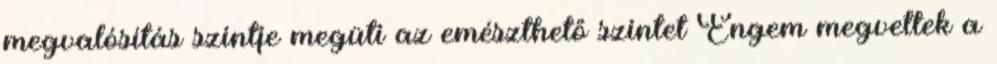
megvalósítás szintje megüti az emészthető szintet Engem megvettek a